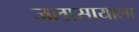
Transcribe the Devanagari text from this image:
जलासायाला